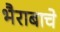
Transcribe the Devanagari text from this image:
भैराबाचे